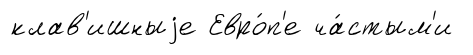
клав'ишныjе Евро́п'е ча́стым'и